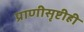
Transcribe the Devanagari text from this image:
प्राणीसृष्टीही